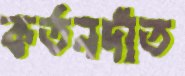
কর্তনদাঁত